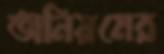
অনিয়মের